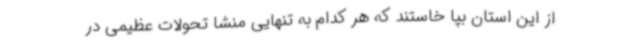
از این استان بپا خاستند که هر کدام به تنهایی منشا تحولات عظیمی در